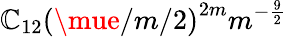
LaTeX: \mathbb{C}_{12}\left(\mue/m/2\right)^{2m}m^{-\frac{{9}}{{2}}}